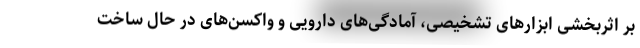
بر اثربخشی ابزارهای تشخیصی، آمادگی‌های دارویی و واکسن‌های در حال ساخت